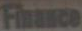
Finance